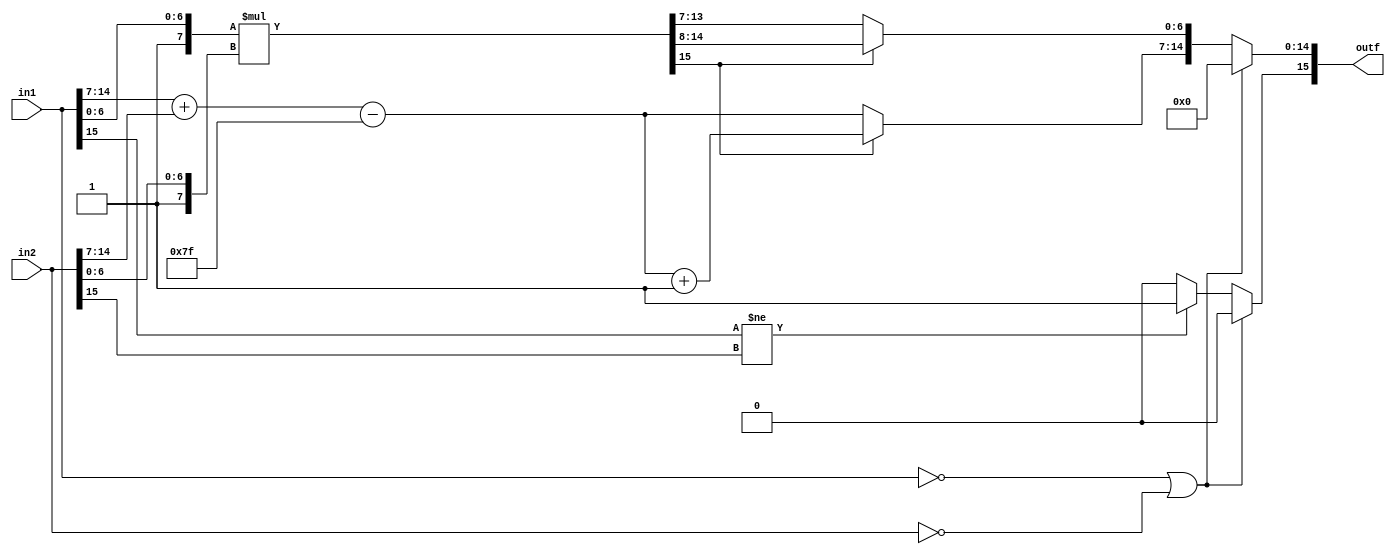
`define WORD [15:0]



// multiply floats
module multiplyf( in1,in2,outf);
	output reg `WORD outf;
	input `WORD in1;
	input `WORD in2;
	reg [7:0] temp;
    reg [15:0] temp1;
	
	always @ (*) 
	begin
		// check if either the inputs are zero, if so, the output is zero
		if (in1==16'b0 || in2 == 16'b0) begin
			outf = 16'b0;
		end else begin
			// checks the sign of the inputs and sets the output sign 
			if (in1[15] != in2[15])
			begin
				outf[15] <= 1;    // if 1 in is neg and 1 is pos, the output sign is neg
			end
			else begin
				outf[15] <= 0;		// if the signs are the same, output is positive
			end 	
			
			// add the two exponents and store these 6 bits in temp 
			temp = (in1[14:7] + in2[14:7])- 127;	//subtract  (bias) because adding 2 exponents and result is one exponent
			
			// normalize (add 1 to the front) then
			//multiply the fractions/mantissa of inputs
			temp1 = {1'b1,in1[6:0]} * {1'b1,in2[6:0]};   
			//#5 $display("%h %h", temp,temp1
			
			// check if the multiplied mantissa result (temp1) causes overflow
			if (temp1[15] == 1) begin
				outf[14:7] = temp + 1;	// if overflow, add 1 to the output exponent
				outf[6:0] = temp1[14:8];	// the output mantissa becomes the 7 bits after the overflow
			end else begin
				outf[14:7] = temp;   	// if no overflow, then exponent is the 2 input exponents added together
				outf[6:0] = temp1[13:7];	//output mantissa becomes the 7 bits after the 2 msbits
			end
		end
	end
endmodule


module msb(in,out);
	input `WORD in;
	output reg `WORD out;
	reg `WORD temp;
	always @(*) begin
		temp = in | (in >>1);
		temp = temp | (temp >>2);
		temp = temp | (temp >>4);
		temp = temp | (temp >>8);
		out = temp & ~(temp >>1);
	end
	
endmodule


// float additon - takes in 2 floating point numbers, adds them and outputs the floating point result
module addf(in1,in2,out);
	input `WORD in1;
	input `WORD in2;
	output reg `WORD out;
	
	reg `WORD temp;
	reg `WORD op1;
	reg `WORD op2;
	
	reg[8:0] man1;
	reg[8:0] man2;
	reg[8:0] outMan;
	wire `WORD numZeros;

	lead_zero leadZeros({outMan,7'b0}, numZeros);
	
	always@(*) begin
		// in input 1 is 0, then the output is the input 2
		if (in1 == 16'b0) begin
			out = in2;

		// if input 2 is 0, the the output is the input 1
		end else if (in2 == 16'b0) begin
			out = in1;
		// floating points are opposite (i.e: -2 and 2) if all bits the same except the sign bit.
		// check for this case, if true, the output is 0 
		end else if ((in1[14:0] == in2[14:0]) && (in1[15] != in2[15])) begin
			out = 0;
			
		// general addition case
		end else begin
			// denormailize the exponents so they are the same
			
			// always make op1 the larger exponent
			// if input 2 exponent is larger than input 1 exponent, then make in2 become op1 and in2 become op2
			if (in2[14:7] > in1[14:7] ) begin
				op2 = in1;
				op1 = in2;
			end else begin	//otherwise, op1 is in1 and op2 is in2
				op2 = in2;
				op1 = in1;
			end
			
			//normalize the mantissa (add a 1 in front) then add and subtract fractional/mantissa parts
			man1 = {2'b01,op1[6:0]};
			man2 = {2'b01,op2[6:0]};
		
			//denormalize smaller value (man2) for addition
			man2 = man2 >> (op1[14:7] - op2[14:7]);
		
			// the output exponent becomes the 
			out[14:7] = (op1[14:7]);
			
			// check the signs of the inputs
			//if the signs are the same, add the 2 input mantissas
			if (op1[15] == op2[15]) begin
				outMan = man1+man2;
				//$display("%b,%b,%b,%b",man1,man2,outMan,out);
				
				// if signs are the same, the output sign will also be the same as in1/in2 sign
				out[15] = op1[15];
				
				if (outMan[8] == 1) //CHECK FOR OVERFLOW
				begin
					// if overflow, add 1 to the output exponent 
					out[14:7] = out[14:7]+1; 
					//the output mantissa becomes the 7 bits after the overflow
					out[6:0] = outMan[7:1];
				end else begin
					out[6:0] = outMan[6:0];	// if no overflow, the output mantissa remains as the bottom bits of the input mantissas added together
				end
			// if the signs of the inputs are opposite, subtract the smaller input mantissa from the larger one
			end else begin
				// 
				if (man1 > man2) begin
					outMan = man1-man2;
					out[15] = op1[15];
				end else begin
					outMan = man2-man1;
					out[15] = op2[15];
				end
				if (numZeros == 2) begin  //////////////???????????
					out[14:7] = out[14:7] + (1-numZeros);
					out[6:0] = {outMan[5:0], 1'b0};
				end else begin
					out[14:7] = out[14:7] ;
					out[6:0] = {outMan[6:0]};
				end
				//$display("%b,%b,%b,%b",man1,man2,outMan,out);
			end
		end	
	end
endmodule

// integer to floating point conversion
// input: a 16-bit binary integer
// output: the 16-bit floating point representation
module i2f(in,out);
	input `WORD in;
	output reg `WORD out;
	reg[6:0] zeros;
	reg [22:0] temp;
	wire `WORD numZeros;
	wire `WORD countZ;
	assign countZ = temp[22:7];
	lead_zero leadZeros(countZ, numZeros);
	
	initial begin
		zeros<= 0;
	end
	always@(*) begin
		// if the input binary number is 0, the output float is 0
		if (in == 16'b0) begin
			out = 16'b0;
		end else begin
			// check the sign of the fp input
			// if it is positive 
			if (in[15] ==0) begin
				temp = {in,zeros};
				out[15] = in[15]; //set sign bit
				out[14:7] = 127 + (15-numZeros); //set exponent
				out[6:0] = temp >> (15-numZeros); //set mantissa
			// if the input is negative
			end else begin
				// flip the bits and add 1, then perform the same operations as you did on the positive input
				temp = {((in^16'b1111111111111111)+16'b01),zeros};
				out[15] = in[15]; //set sign bit
				out[14:7] = 127 + (15-numZeros); //set exponent
				out[6:0] = temp >> (15-numZeros); //set mantissa
			end
			//$display("%b,%d,%b",in,numZeros,temp);
		end
	end
endmodule


// Dietz's lead_zeros module
// takes the 16 bit input and outputs the number of 0s in the most significant bits 
module lead_zero(in, out);

	input `WORD in;
	output reg `WORD out;
	
	reg `WORD temp;
	wire `WORD vari;
	
	ones Count(temp,vari);
	
	always @(*) begin 
		temp = in | (in>>1);
			temp = temp | (temp>>2);
			temp = temp | (temp>>4);
			temp = temp | (temp>>8);
			out = 16-vari;
	end
endmodule


 // needed for the leading zeros 
module ones(in,out);
	input `WORD in;
	output reg `WORD out;
	reg `WORD temp;
	
	always @(*) begin
		temp = in - ((in >>1)& 16'h5555);
		temp = (((temp >>2) & 16'h3333) + (temp & 16'h3333));
		temp = (((temp >>4)+temp)& 16'h0f0f);
		temp = temp + (temp>>8);
		temp = temp + (temp>>16);
		out = temp & 16'h003f;
	end
endmodule


// floating point to integer converion 
// input: 16-bit floating point 
// output: 16-bit integer representation of the input
module f2i(in,out);
	input `WORD in;
	output reg `WORD out;
	reg [22:0] temp;
	
	always @(*) begin
		// check if the input is 0, if so, the output is also 0
		if (in == 16'b0) begin
			out = 16'b0;
		end else begin
			//normalize the mantissa (add 1 to front)
			temp = {16'b1,in[6:0]};
			//$display("%b",temp);
			
			// if the exponent is larger than the bias (127) shift the mantissa the difference
			if (in[14:7] >= 127) begin
				temp = temp << (in[14:7] - 127);
				out = temp[22:7];
				
			// otherwise the output is 0
			end else begin 
				out = 0;
			end
			// if the input is negative, flip the bits of the output and add 1
			if (in[15] == 1) begin
				out = out ^ 'hffff;
				out = out+1;
			end
		end
	end	
endmodule


// reciprocal floating point module
// input: 16-bit floating point 
// output: the 16 bit reciprocal of the input (1/input)
module recip_float(in, out);
	input `WORD in;
	output reg `WORD out;
	reg [7:0] temp;
	reg  [7:0] lookup[0:127]; //[x:y] used as bus width goes before the name, after the name means its an array
	//Also swapped order from 127:0 to 0:127 to get rid of compiler warning
	
	//Initial blocks run once at the very beginning of simulation
	//They are good for initializing variables and constants (like LUTs)
	//The best way to initialize memory is to use the readmemh(...) function, its also less lines
	initial begin
		$readmemh("recip.vmem",lookup);
	end

	always @(*) begin
	//This LUT in the always block has every value assigned for every time IN changes. 
	//We do not need to reset the LUT every time, so it should be moved to an initial block
		// set the sign bit of output eqaul to the input sign bit
		out[15] = in[15];	
		//negate the exponent 
		// if the mantissa is all 0s, 
		if (in[6:0] == 7'b0) begin
			out[14:7] = 254 - (in[14:7]);
		end else begin
			out[14:7] = 253 - (in[14:7]);
		end	
		// input mantissa in binary and we want in decimal
		if (in[6:0] == 1) begin  // this is where we fooked up and put the 1 equivalent mantissa at the end of the list
			out[6:0] = lookup[126];
		end else begin
			//
			//temp[7:0] = lookup[in[6:0]-1]; //needed to be -, not + //because of the previous fuck up all of the lookups are off by 1
			// the lookup result is 8 bits while the mantissa is only 7 so its either top 7 bits or bottom 7 bits
			temp[7:0] = lookup[in[6:0]]; //This is for the readmemh
			out[6:0] = temp[6:0]; //bottom 7 bits, not top 7
		end
	end// end of always block
endmodule

// test bench module
module test;
	reg `WORD temp1;
	reg `WORD temp2;
	wire `WORD out;
	
	addf MSB(temp1,temp2,out);	
	initial begin
		temp1 <= 'h56b5;
		temp2 <= 'hd735;
		repeat (1) begin
			#5;
			$display("%h",out);
			//$display("%h",{1'b0, out[6:0]});
			//temp = temp * 2;
		end
	end
endmodule